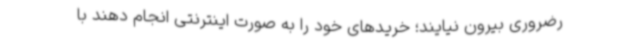
رضروری بیرون نیایند؛ خریدهای خود را به صورت اینترنتی انجام دهند با